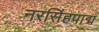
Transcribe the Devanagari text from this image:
नरसिंहपाद्म